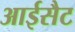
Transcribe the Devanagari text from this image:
आईसैट